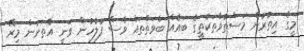
މީގެ އިތުރުން މަސްތުވާތަކެތީގެ ބައެއް ބާވަތްތައް ވެސް ފުލުހުން ވަނީ އެތަނުން މިރޭ